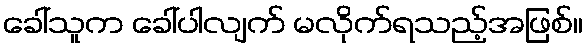
ခေါ်သူက ခေါ်ပါလျက် မလိုက်ရသည့်အဖြစ်။